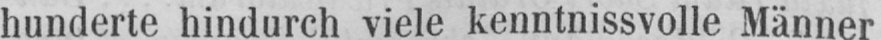
hunderte hindurch viele kenntnissvolle Männer